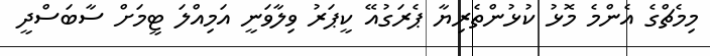
މިމެޗްގެ އެންމެ މޮޅު ކުޅުންތެރިޔާ ޕެރަގުއޭ ކީޕަރު ވިލާވަނީ އަމިއްލަ ޓީމަށް ސާބަސްދީ